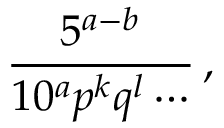
{ \frac { 5 ^ { a - b } } { 1 0 ^ { a } p ^ { k } q ^ { l } \cdots } } \, ,